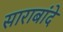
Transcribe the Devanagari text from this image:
साराबांदे